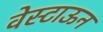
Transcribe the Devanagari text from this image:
वेस्टाऊन